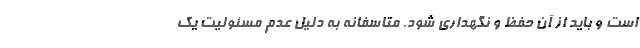
است و باید از آن حفظ و نگهداری شود. متاسفانه به دلیل عدم مسئولیت یک